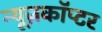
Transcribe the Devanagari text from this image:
न्यूज़कॉप्टर